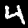
Digit: 4